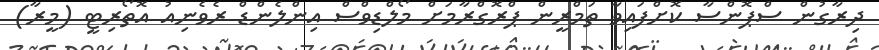
ދިރާގުން ސްޕޮންސާ ކޮށްފައިވާ ތަމްރީން ޕްރޮގްރާމަށް މޯލްޑިވްސް އިންލެންޑް ރެވެނިއު އޮތޯރިޓީ (މީރާ)